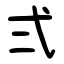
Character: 弍